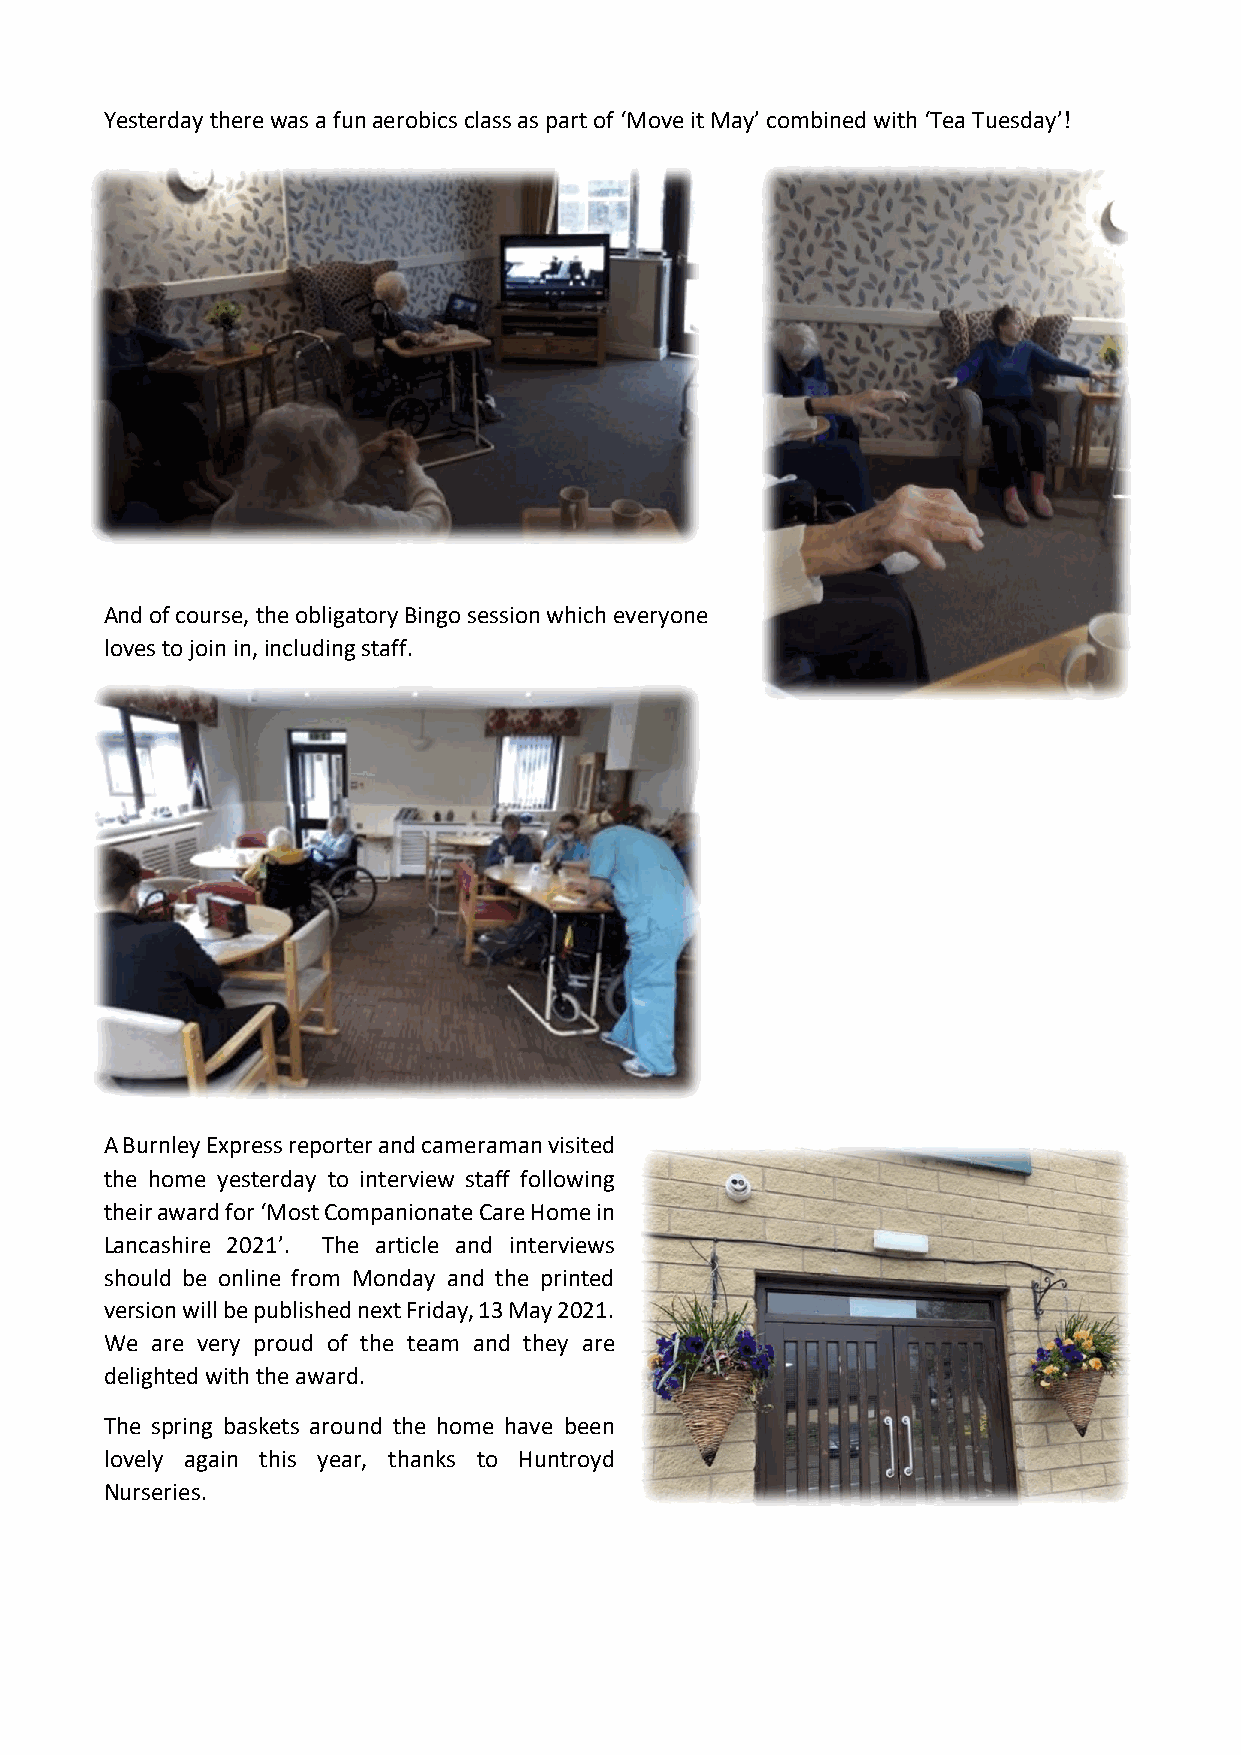
Yesterday there was a fun aerobics class as part of ‘Move it May’ combined with ‘Tea Tuesday’!
 And of course, the obligatory Bingo session which everyone
 loves to join in, including staff.
 A Burnley Express reporter and cameraman visited
 the home yesterday to interview staff following
 their award for ‘Most Companionate Care Home in
 Lancashire 2021’. The article and interviews
 should be online from Monday and the printed
 version will be published next Friday, 13 May 2021.
 We are very proud of the team and they are
 delighted with the award.
 The spring baskets around the home have been
 lovely again this year, thanks to Huntroyd
 Nurseries.